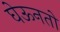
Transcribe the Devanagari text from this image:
घेऊनतो